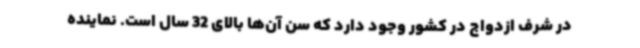
در شرف ازدواج در کشور وجود دارد که سن آن‌ها بالای 32 سال است. نماینده